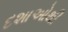
દશાઓથી